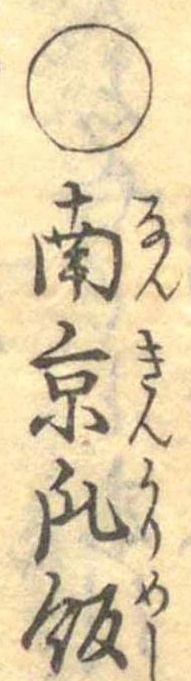
○南京瓜飯